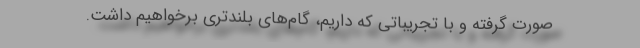
صورت گرفته و با تجریباتی که داریم، گام‌های بلندتری برخواهیم داشت.